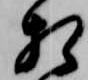
相